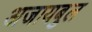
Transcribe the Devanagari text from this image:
अजायबुल